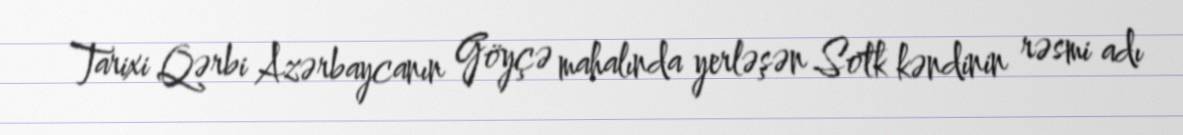
Tarixi Qərbi Azərbaycanın Göyçə mahalında yerləşən Sotk kəndinin rəsmi adı